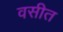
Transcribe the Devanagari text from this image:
वसीत